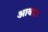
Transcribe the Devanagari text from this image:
आवरत